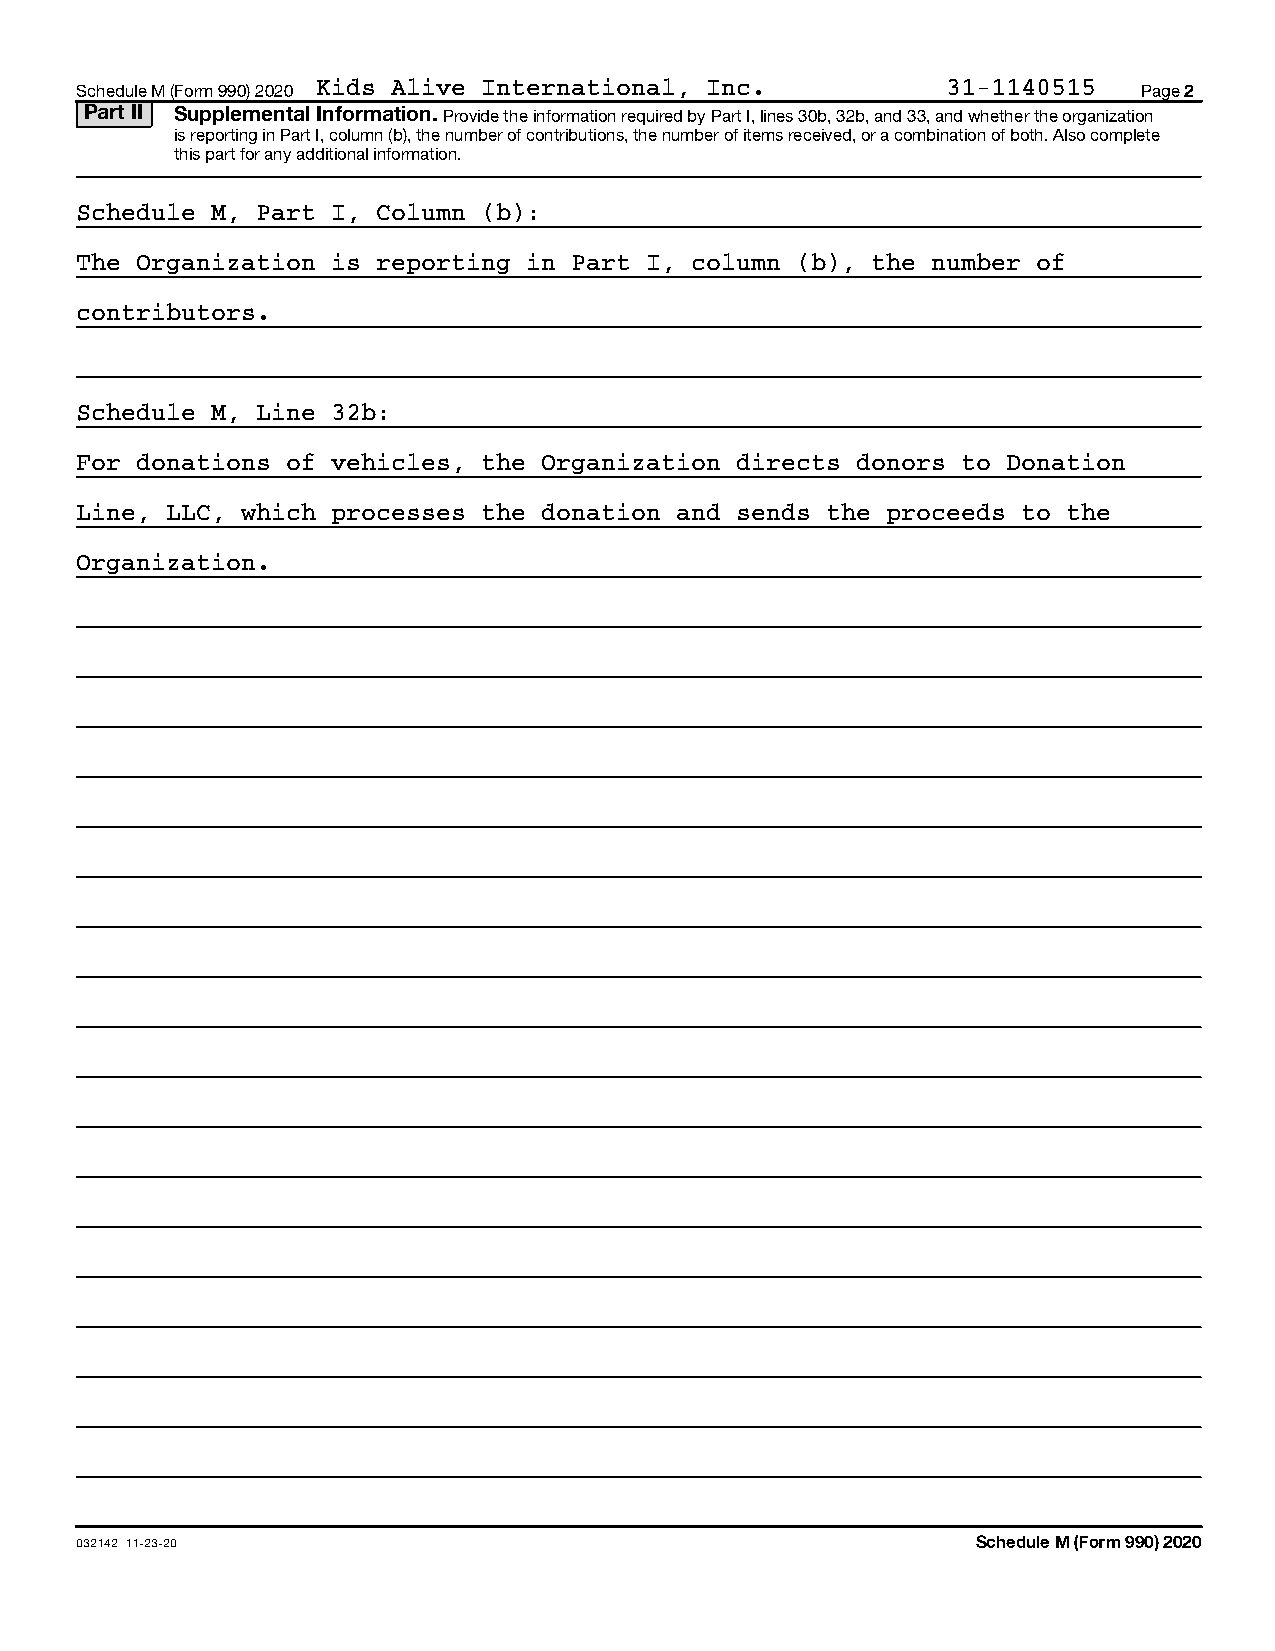
Schedule M (Form 990) 2020 Kids Alive International, Inc. 31-1140515   Page 2
 Part II Supplemental Information. Provide the information required by Part I, lines 30b, 32b, and 33, and whether the organization
 is reporting in Part I, column (b), the number of contributions, the number of items received, or a combination of both. Also complete
 this part for any additional information.
 Schedule M, Part I, Column (b):
 The Organization is reporting in Part I, column (b), the number of
 contributors.
 Schedule M, Line 32b:
 For donations of vehicles, the Organization directs donors to Donation
 Line, LLC, which processes the donation and sends the proceeds to the
 Organization.
 032142 11-23-20                                             Schedule M (Form 990) 2020